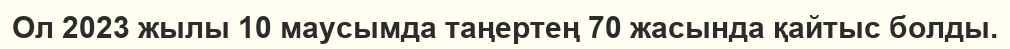
Ол 2023 жылы 10 маусымда таңертең 70 жасында қайтыс болды.